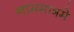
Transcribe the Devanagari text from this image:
नाममात्रमे